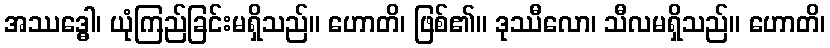
အဿဒ္ဓေါ၊ ယုံကြည်ခြင်းမရှိသည်။ ဟောတိ၊ ဖြစ်၏။ ဒုဿီလော၊ သီလမရှိသည်။ ဟောတိ၊